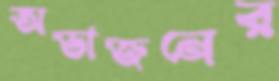
অভাজনের